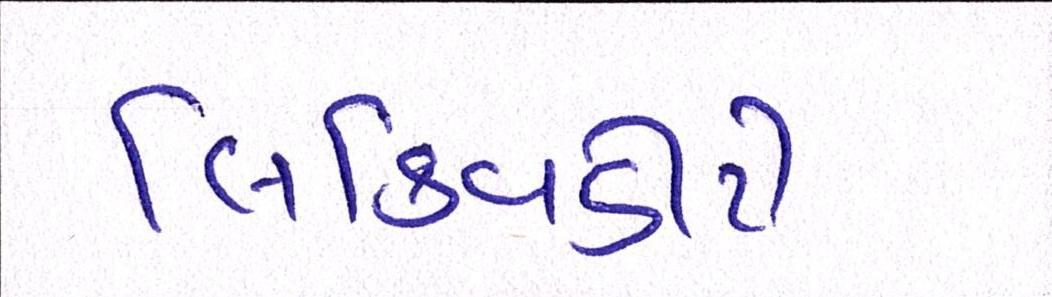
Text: લિક્વિડીટી